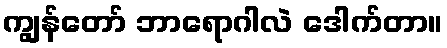
ကျွန်တော် ဘာရောဂါလဲ ဒေါက်တာ။